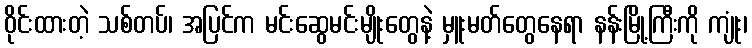
ဝိုင်းထားတဲ့ သစ်တပ်၊ အပြင်က မင်းဆွေမင်းမျိုးတွေနဲ့ မှူးမတ်တွေနေရာ နန်းမြို့ကြီးကို ကျုံး၊